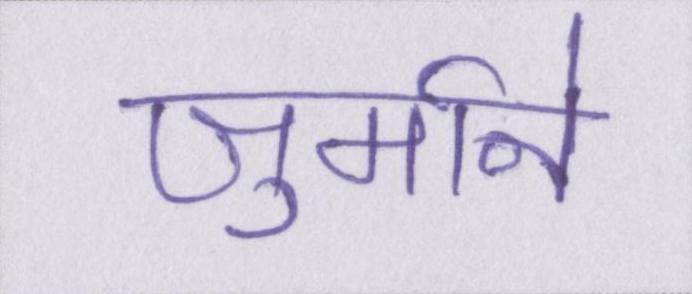
जुर्माने